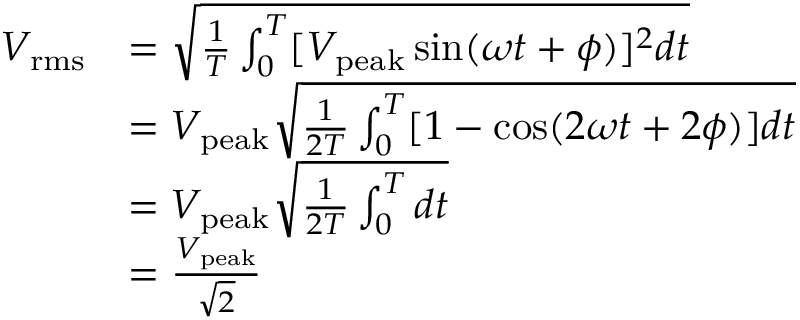
{ \begin{array} { r l } { V _ { \mathrm { r m s } } } & { = { \sqrt { { \frac { 1 } { T } } \int _ { 0 } ^ { T } [ { V _ { \mathrm { p e a k } } \sin ( \omega t + \phi ) ] ^ { 2 } d t } } } } \\ & { = V _ { \mathrm { p e a k } } { \sqrt { { \frac { 1 } { 2 T } } \int _ { 0 } ^ { T } [ { 1 - \cos ( 2 \omega t + 2 \phi ) ] d t } } } } \\ & { = V _ { \mathrm { p e a k } } { \sqrt { { \frac { 1 } { 2 T } } \int _ { 0 } ^ { T } { d t } } } } \\ & { = { \frac { V _ { \mathrm { p e a k } } } { \sqrt { 2 } } } } \end{array} }